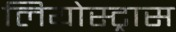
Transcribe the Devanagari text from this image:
लियोस्ट्रास